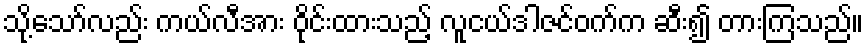
သို့သော်လည်း ကယ်လီအား ဝိုင်းထားသည့် လူငယ်ဒါဇင်ဝက်က ဆီး၍ တားကြသည်။